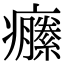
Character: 𤼆